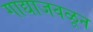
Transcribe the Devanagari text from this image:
गाद्याजवळून